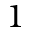
1